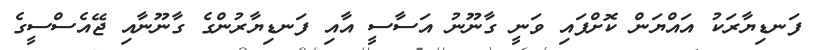
ފަނޑިޔާރަކު އައްޔަން ކޮށްފައި ވަނީ ގާނޫނު އަސާސީ އާއި ފަނޑިޔާރުންގެ ގާނޫނާއި ޖޭއެސްސީގެ